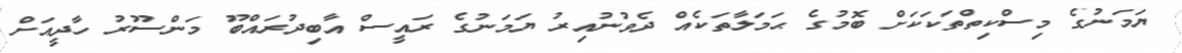
ޔަމަނުގެ މިސްކިތްތަކަކަށް ބޮމުގެ ޙަމަލާތަކެއް ދެވުނުއިރު ޔަމަނުގެ ރައީސް އާބިދުރައްބޫ މަންސޫރު ހާދީއަށް